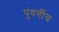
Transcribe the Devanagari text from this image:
पुंवर्गीय